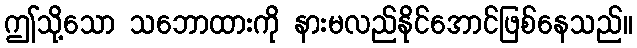
ဤသို့သော သဘောထားကို နားမလည်နိုင်အောင်ဖြစ်နေသည်။